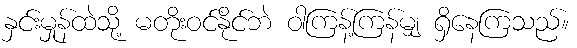
နှင်းမှုန်ထဲသို့ မတိုးဝင်နိုင်ဘဲ ဝါကြန့်ကြန်မျှ ရှိနေကြသည်။